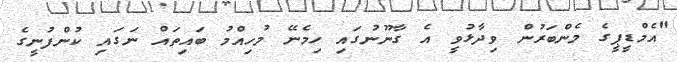
"އެމްޑީޕީގެ މެންބަރުން ވިދާޅުވީ އެ ގާނޫނުގައި ހިމެނޭ މުހިއްމު ބައިތައް ނަގައި ކުންފުނީގެ